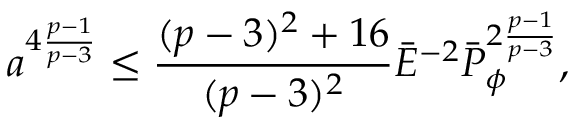
a ^ { 4 { \frac { p - 1 } { p - 3 } } } \leq { \frac { ( p - 3 ) ^ { 2 } + 1 6 } { ( p - 3 ) ^ { 2 } } } \bar { \cal E } ^ { - 2 } \bar { \cal P } _ { \phi } ^ { 2 { \frac { p - 1 } { p - 3 } } } ,